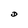
Character: D